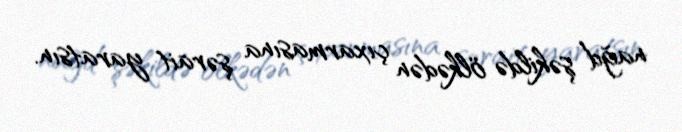
nağd şəkildə ölkədən çıxarmasına şərait yaratsın.